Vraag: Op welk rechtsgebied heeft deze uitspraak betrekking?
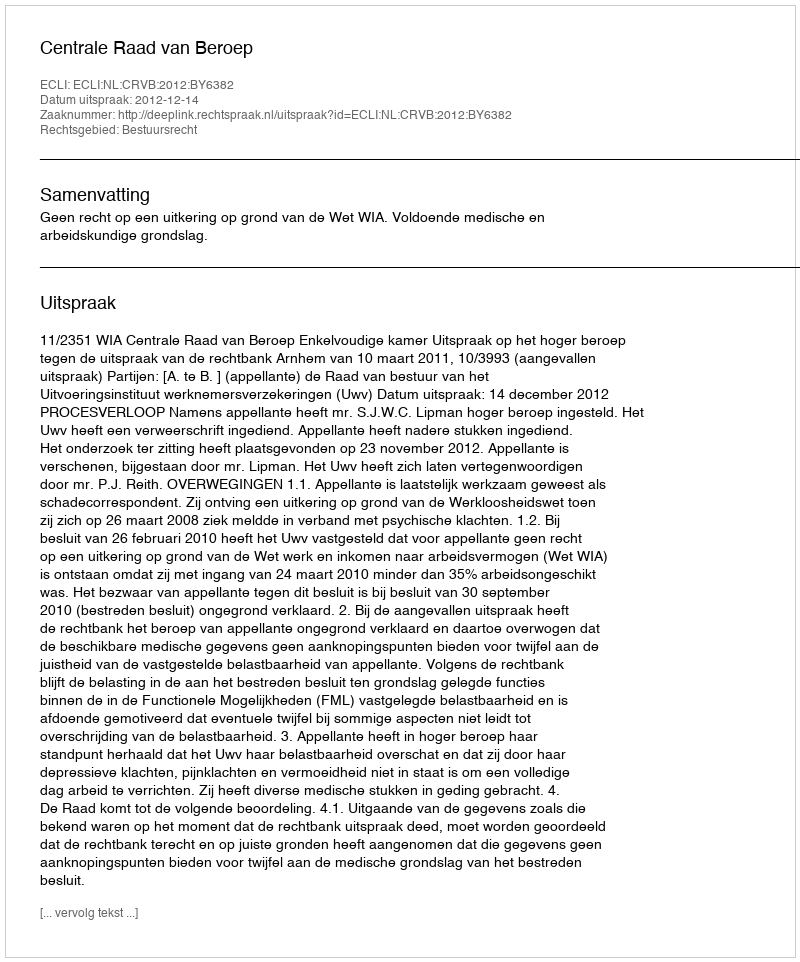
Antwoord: Bestuursrecht